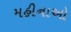
મહીનાઓ